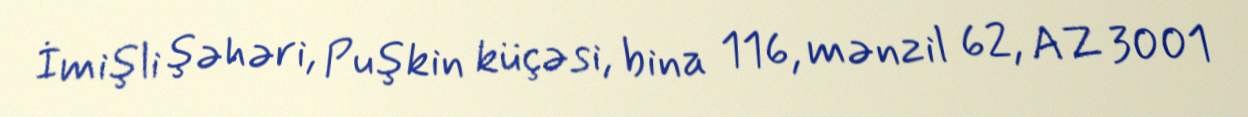
İmişli şəhəri, Puşkin küçəsi, bina 116, mənzil 62, AZ 3001